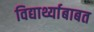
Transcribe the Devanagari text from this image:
विद्यार्थ्याबाबत